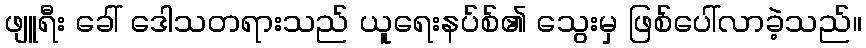
ဖျူရီး ခေါ် ဒေါသတရားသည် ယူရေးနပ်စ်၏ သွေးမှ ဖြစ်ပေါ်လာခဲ့သည်။